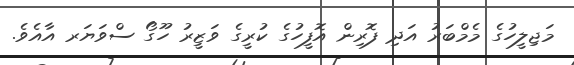
މަޖިލީހުގެ މެމްބަރު އަދި ފޮރިން އޮފީހުގެ ކުރީގެ ވަޒީރު ހޫގޯ ސްވަޔަރ އާއެވެ.